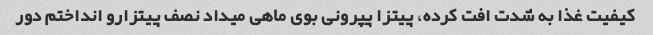
کیفیت غذا به شدت افت کرده، پیتزا پپرونی بوی ماهی میداد نصف پیتزارو انداختم دور